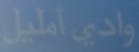
واديأمليل